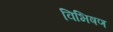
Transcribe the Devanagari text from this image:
विभिषण